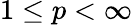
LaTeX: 1\le p<\infty